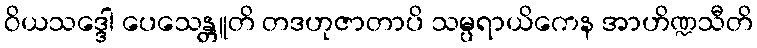
ဝိယသဒ္ဒေါ ပေသေန္တူတိ တဒဟုဇာတာပိ သမ္ပရာယိကေန အာဟိဏ္ဍသီတိ